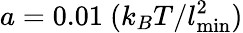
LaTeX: a=0.01~(k_{B}T/l_{\mathrm{min}}^{2})